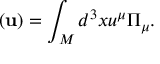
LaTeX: { } { \bf \Pi } ( { \bf u } ) = \int _ { M } d ^ { 3 } x u ^ { \mu } { \Pi } _ { \mu } .